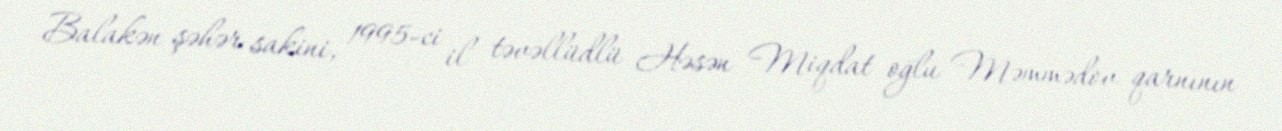
Balakən şəhər sakini, 1995-ci il təvəllüdlü Həsən Miqdat oğlu Məmmədov qarnının